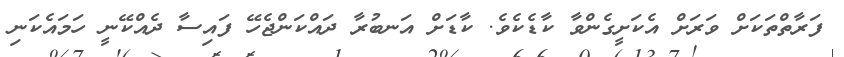
ފަރާތްތަކަށް ވަރަށް އެކަށީގެންވާ ކާޑެކެވެ. ކާޑަށް އަނބުރާ ދައްކަންޖެހޭ ފައިސާ ދެއްކޭނީ ހަމައެކަނި